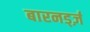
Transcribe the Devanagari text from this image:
बारनर्ड्ज़